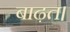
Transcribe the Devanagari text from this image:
बाढ़त।